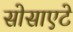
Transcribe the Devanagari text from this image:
सोसाएटे